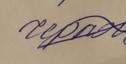
Signature authenticity: forged